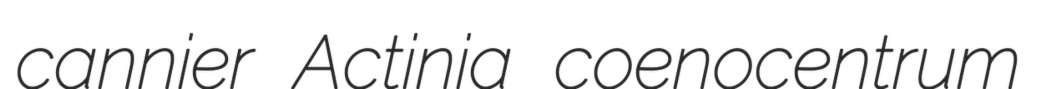
cannier Actinia coenocentrum